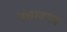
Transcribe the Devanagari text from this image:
पंचावयव